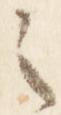
之